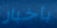
بأخبار